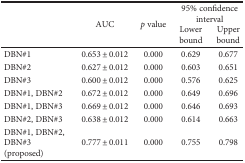
<table><thead><tr><td rowspan="2"></td><td rowspan="2"><b>AUC</b></td><td rowspan="2"><b><i>p</i> value</b></td><td colspan="2"><b>95% confidence interval</b></td></tr><tr><td><b>Lower bound</b></td><td><b>Upper bound</b></td></tr></thead><tbody><tr><td>DBN#1</td><td>0.653 ± 0.012</td><td>0.000</td><td>0.629</td><td>0.677</td></tr><tr><td>DBN#2</td><td>0.627 ± 0.012</td><td>0.000</td><td>0.603</td><td>0.651</td></tr><tr><td>DBN#3</td><td>0.600 ± 0.012</td><td>0.000</td><td>0.576</td><td>0.625</td></tr><tr><td>DBN#1, DBN#2</td><td>0.672 ± 0.012</td><td>0.000</td><td>0.649</td><td>0.696</td></tr><tr><td>DBN#1, DBN#3</td><td>0.669 ± 0.012</td><td>0.000</td><td>0.646</td><td>0.693</td></tr><tr><td>DBN#2, DBN#3</td><td>0.638 ± 0.012</td><td>0.000</td><td>0.614</td><td>0.663</td></tr><tr><td>DBN#1, DBN#2, DBN#3 (proposed)</td><td>0.777 ± 0.011</td><td>0.000</td><td>0.755</td><td>0.798</td></tr></tbody></table>